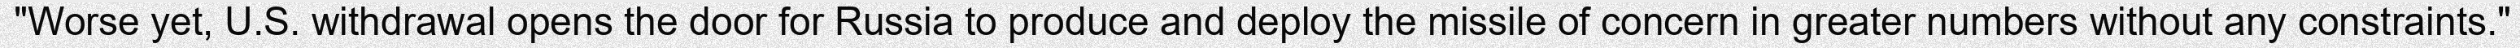
"Worse yet, U.S. withdrawal opens the door for Russia to produce and deploy the missile of concern in greater numbers without any constraints."